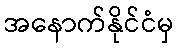
အနောက်နိုင်ငံမှ